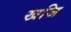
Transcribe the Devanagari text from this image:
खजि